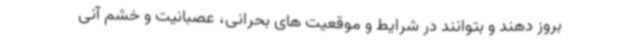
بروز دهند و بتوانند در شرایط و موقعیت های بحرانی، عصبانیت و خشم آنی